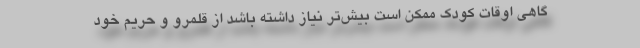
گاهی اوقات کودک ممکن است بیش‌تر نیاز داشته باشد از قلمرو و حریم خود